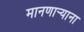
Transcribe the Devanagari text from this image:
मानणार्‍याना